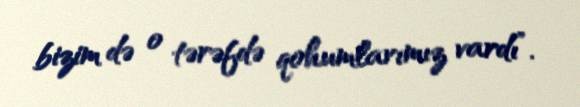
bizim də o tərəfdə qohumlarımız vardı”.